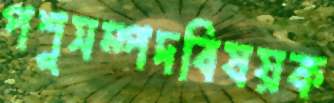
পশুসম্পদবিষয়ক